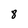
Character: 8